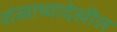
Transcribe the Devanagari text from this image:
शंखाच्यादेखील